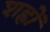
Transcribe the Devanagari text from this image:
शह्रों